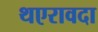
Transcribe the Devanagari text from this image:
थएरावदा